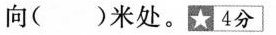
向( )米处。★4分